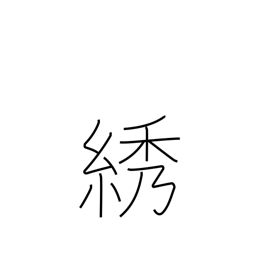
Meaning: embroidery